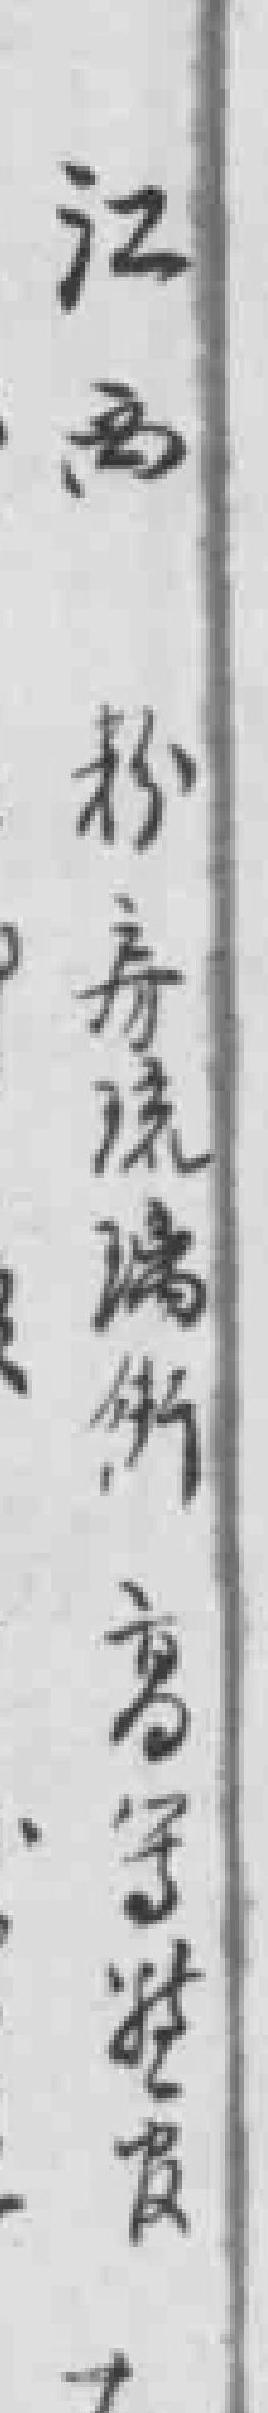
江南粉房琉璃街高字*皮